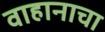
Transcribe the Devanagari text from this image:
वाहानाचा